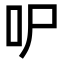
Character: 㕧